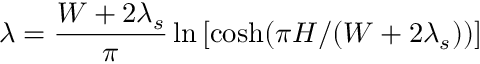
\lambda = \frac { W + 2 \lambda _ { s } } { \pi } \ln \left[ { \cosh ( \pi H / ( W + 2 \lambda _ { s } ) ) } \right]